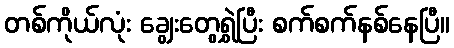
တစ်ကိုယ်လုံး ချွေးတွေရွှဲပြီး စက်စက်နစ်နေပြီ။